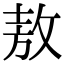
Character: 敖